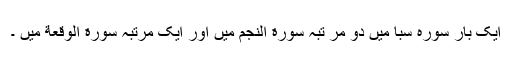
ایک بار سورہ سبا میں دو مر تبہ سورة النجم میں اور ایک مرتبہ سورة الوقعة میں ۔